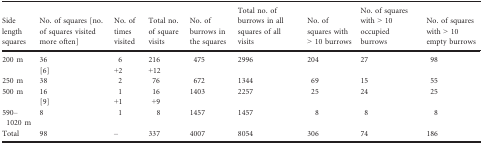
| Side length squares | No. of squares [no. of squares visited more often] | No. of times visited | Total no. of square visits | No. of burrows in the squares | Total no. of burrows in all squares of all visits | No. of squares with > 10 burrows | No. of squares with > 10 occupied burrows | No. of squares with > 10 empty burrows |
 | --- | --- | --- | --- | --- | --- | --- | --- | --- |
 | 200 m | 36[6] | 6+2 | 216+12 | 475 | 2996 | 204 | 27 | 98 |
 | 250 m | 38 | 2 | 76 | 672 | 1344 | 69 | 15 | 55 |
 | 500 m | 16[9] | 1+1 | 16+9 | 1403 | 2257 | 25 | 24 | 25 |
 | 590–1020 m | 8 | 1 | 8 | 1457 | 1457 | 8 | 8 | 8 |
 | Total | 98 | – | 337 | 4007 | 8054 | 306 | 74 | 186 |